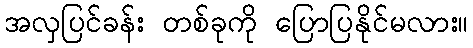
အလှပြင်ခန်း တစ်ခုကို ပြောပြနိုင်မလား။